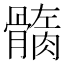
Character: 𩪏